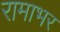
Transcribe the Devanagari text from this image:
रामाभर